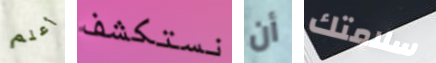
أعلم نستكشف أن سلامتك